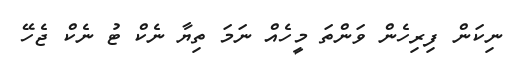
ނިކަން ފިރިހެން ވަންތަ މީހެއް ނަމަ ތިޔާ ނެކް ޓު ނެކް ޖެހޭ